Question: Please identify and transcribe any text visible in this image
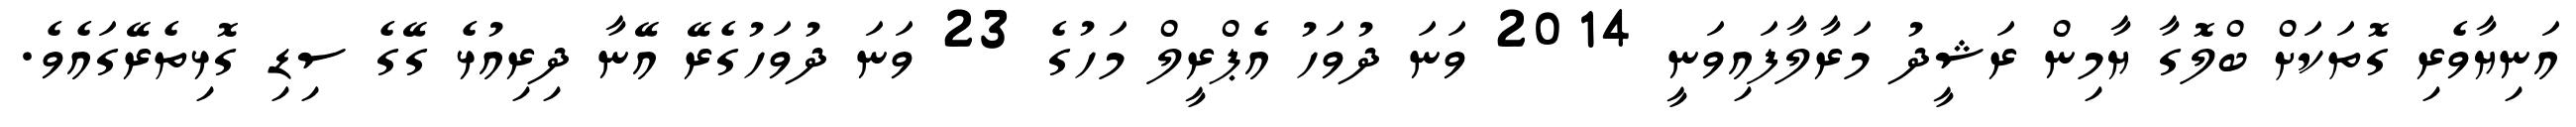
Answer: އަނިޔާވެރި ގޮތަކަށް ބްލޮގާ ޔާމިން ރަޝީދު މަރާލާފައިވަނީ 2014 ވަނަ ދުވަހު އެޕްރީލް މަހުގެ 23 ވަނަ ދުވަހުގެރޭ އޭނާ ދިރިއުޅެ ގޭގެ ސިޑި ގޮޅިތެރޭގައެވެ.